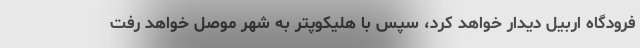
فرودگاه اربیل دیدار خواهد کرد، سپس با هلیکوپتر به شهر موصل خواهد رفت